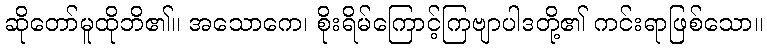
ဆိုတော်မူထိုဘိ၏။ အသောကေ၊ စိုးရိမ်ကြောင့်ကြဗျာပါဒတို့၏ ကင်းရာဖြစ်သော။